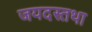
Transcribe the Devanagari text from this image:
जयदस्तथा